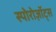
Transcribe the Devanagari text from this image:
स्पोरोज़ॉट्स